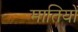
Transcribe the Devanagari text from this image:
मातियों